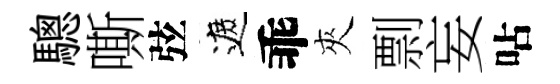
驄嘶弦遮乖夾剽妄呫